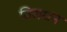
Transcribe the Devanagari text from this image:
विराधन